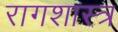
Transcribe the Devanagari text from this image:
रागशास्त्र